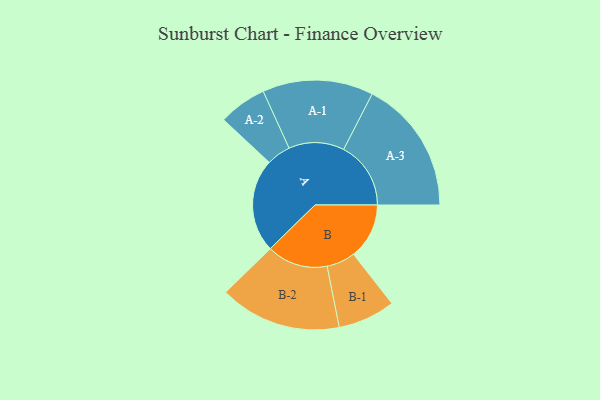
{"axis": {"x": "Segment", "y": "Value"}, "legend": ["", "A", "B"], "data": [{"x": "A", "y": 388, "type": ""}, {"x": "B", "y": 231, "type": ""}, {"x": "A-1", "y": 230, "type": "A"}, {"x": "A-2", "y": 100, "type": "A"}, {"x": "A-3", "y": 279, "type": "A"}, {"x": "B-1", "y": 119, "type": "B"}, {"x": "B-2", "y": 253, "type": "B"}]}